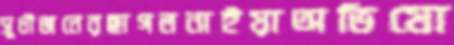
সুধীজনেরছাগলনাইয়াঅভিযো